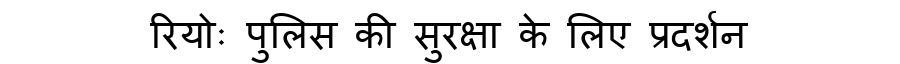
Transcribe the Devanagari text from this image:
रियोः पुलिस की सुरक्षा के लिए प्रदर्शन